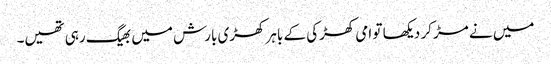
میں‌ نے مڑ کر دیکھا تو امی کھڑکی کے باہر کھڑی بارش میں‌ بھیگ رہی تھیں۔